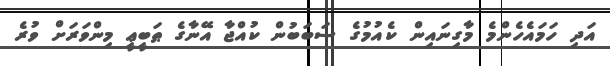
އަދި ހަމައެހެންމެ މާގިނައިން ކެއުމުގެ ސަބަބުން ކުއްޖާ އޭނާގެ ޠަބީޢީ މިންވަރަށް ވުރެ